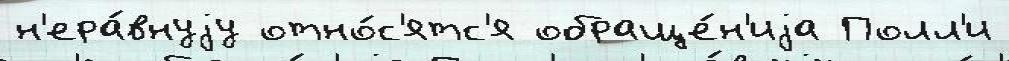
н'ера́внуjу отно́с'ятс'я обраще́н'иjа Полл'и